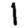
Digit: 1